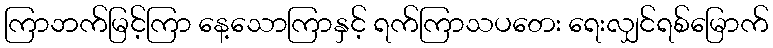
ကြာဘက်မြင့်ကြာ နေ့သောကြာနှင့် ရက်ကြာသပတေး ရေးလျှင်ရစ်မြောက်